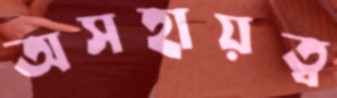
অসহায়ত্ব